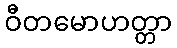
ဝီတမောဟတ္တာ